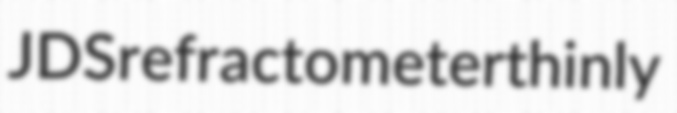
JDS refractometer thinly